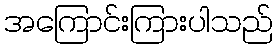
အကြောင်းကြားပါသည်